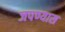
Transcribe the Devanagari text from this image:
जपण्यास